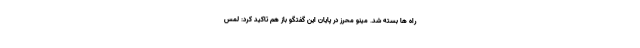
راه ها بسته شد. مینو محرز در پایان این گفتگو باز هم تاکید کرد: لمس